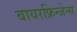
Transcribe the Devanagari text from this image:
बायरफ्रिन्जेन्स